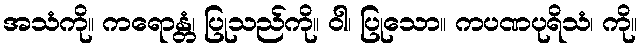
အသံကို။ ကရောန္တံ၊ ပြုသည်ကို။ ဝါ၊ ပြုသော။ ကပဏပုရိသံ၊ ကို။